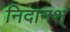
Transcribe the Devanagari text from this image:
निदानश्